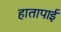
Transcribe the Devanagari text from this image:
हातापाई